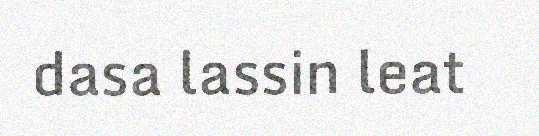
dasa lassin leat